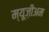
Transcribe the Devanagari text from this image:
म्यूज़ीअम